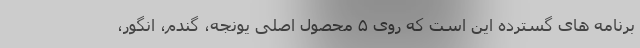
برنامه های گسترده این است که روی ۵ محصول اصلی یونجه، گندم، انگور،